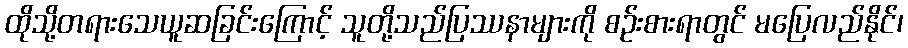
ထိုသို့တရားသေယူဆခြင်းကြောင့် သူတို့သည်ပြဿနာများကို စဉ်းစားရာတွင် မပြေလည်နိုင်၊